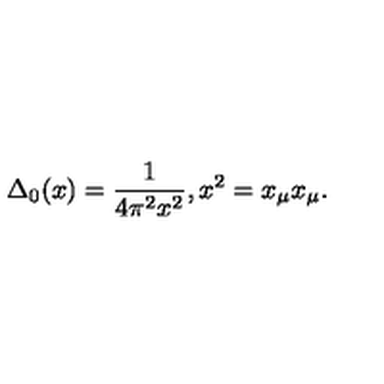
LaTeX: \Delta _ { 0 } ( x ) = \frac { 1 } { 4 \pi ^ { 2 } x ^ { 2 } } , x ^ { 2 } = x _ { \mu } x _ { \mu } .